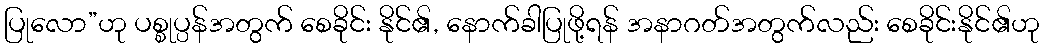
ပြုလော”ဟု ပစ္စုပ္ပန်အတွက် စေခိုင်း နိုင်၏, နောက်ခါပြုဖို့ရန် အနာဂတ်အတွက်လည်း စေခိုင်းနိုင်၏ဟု